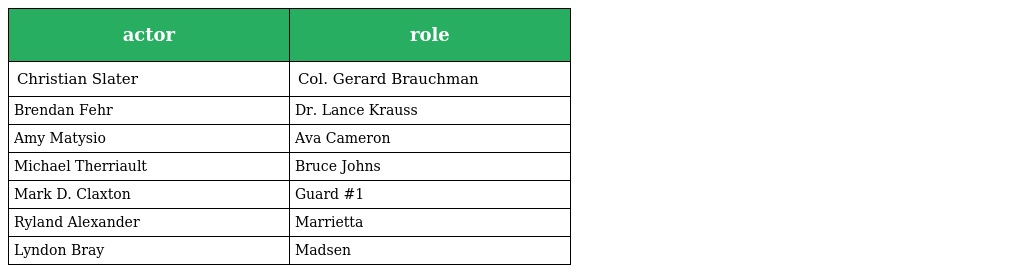
| actor | role |
 | --- | --- |
 | Christian Slater | Col. Gerard Brauchman |
 | Brendan Fehr | Dr. Lance Krauss |
 | Amy Matysio | Ava Cameron |
 | Michael Therriault | Bruce Johns |
 | Mark D. Claxton | Guard #1 |
 | Ryland Alexander | Marrietta |
 | Lyndon Bray | Madsen |